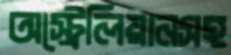
অস্ট্রেলিয়ানসহ